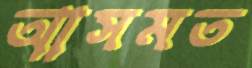
আসমত